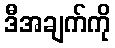
ဒီအချက်ကို